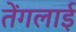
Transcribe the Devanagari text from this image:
तेंगलाई